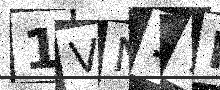
Text: 1VN1TF